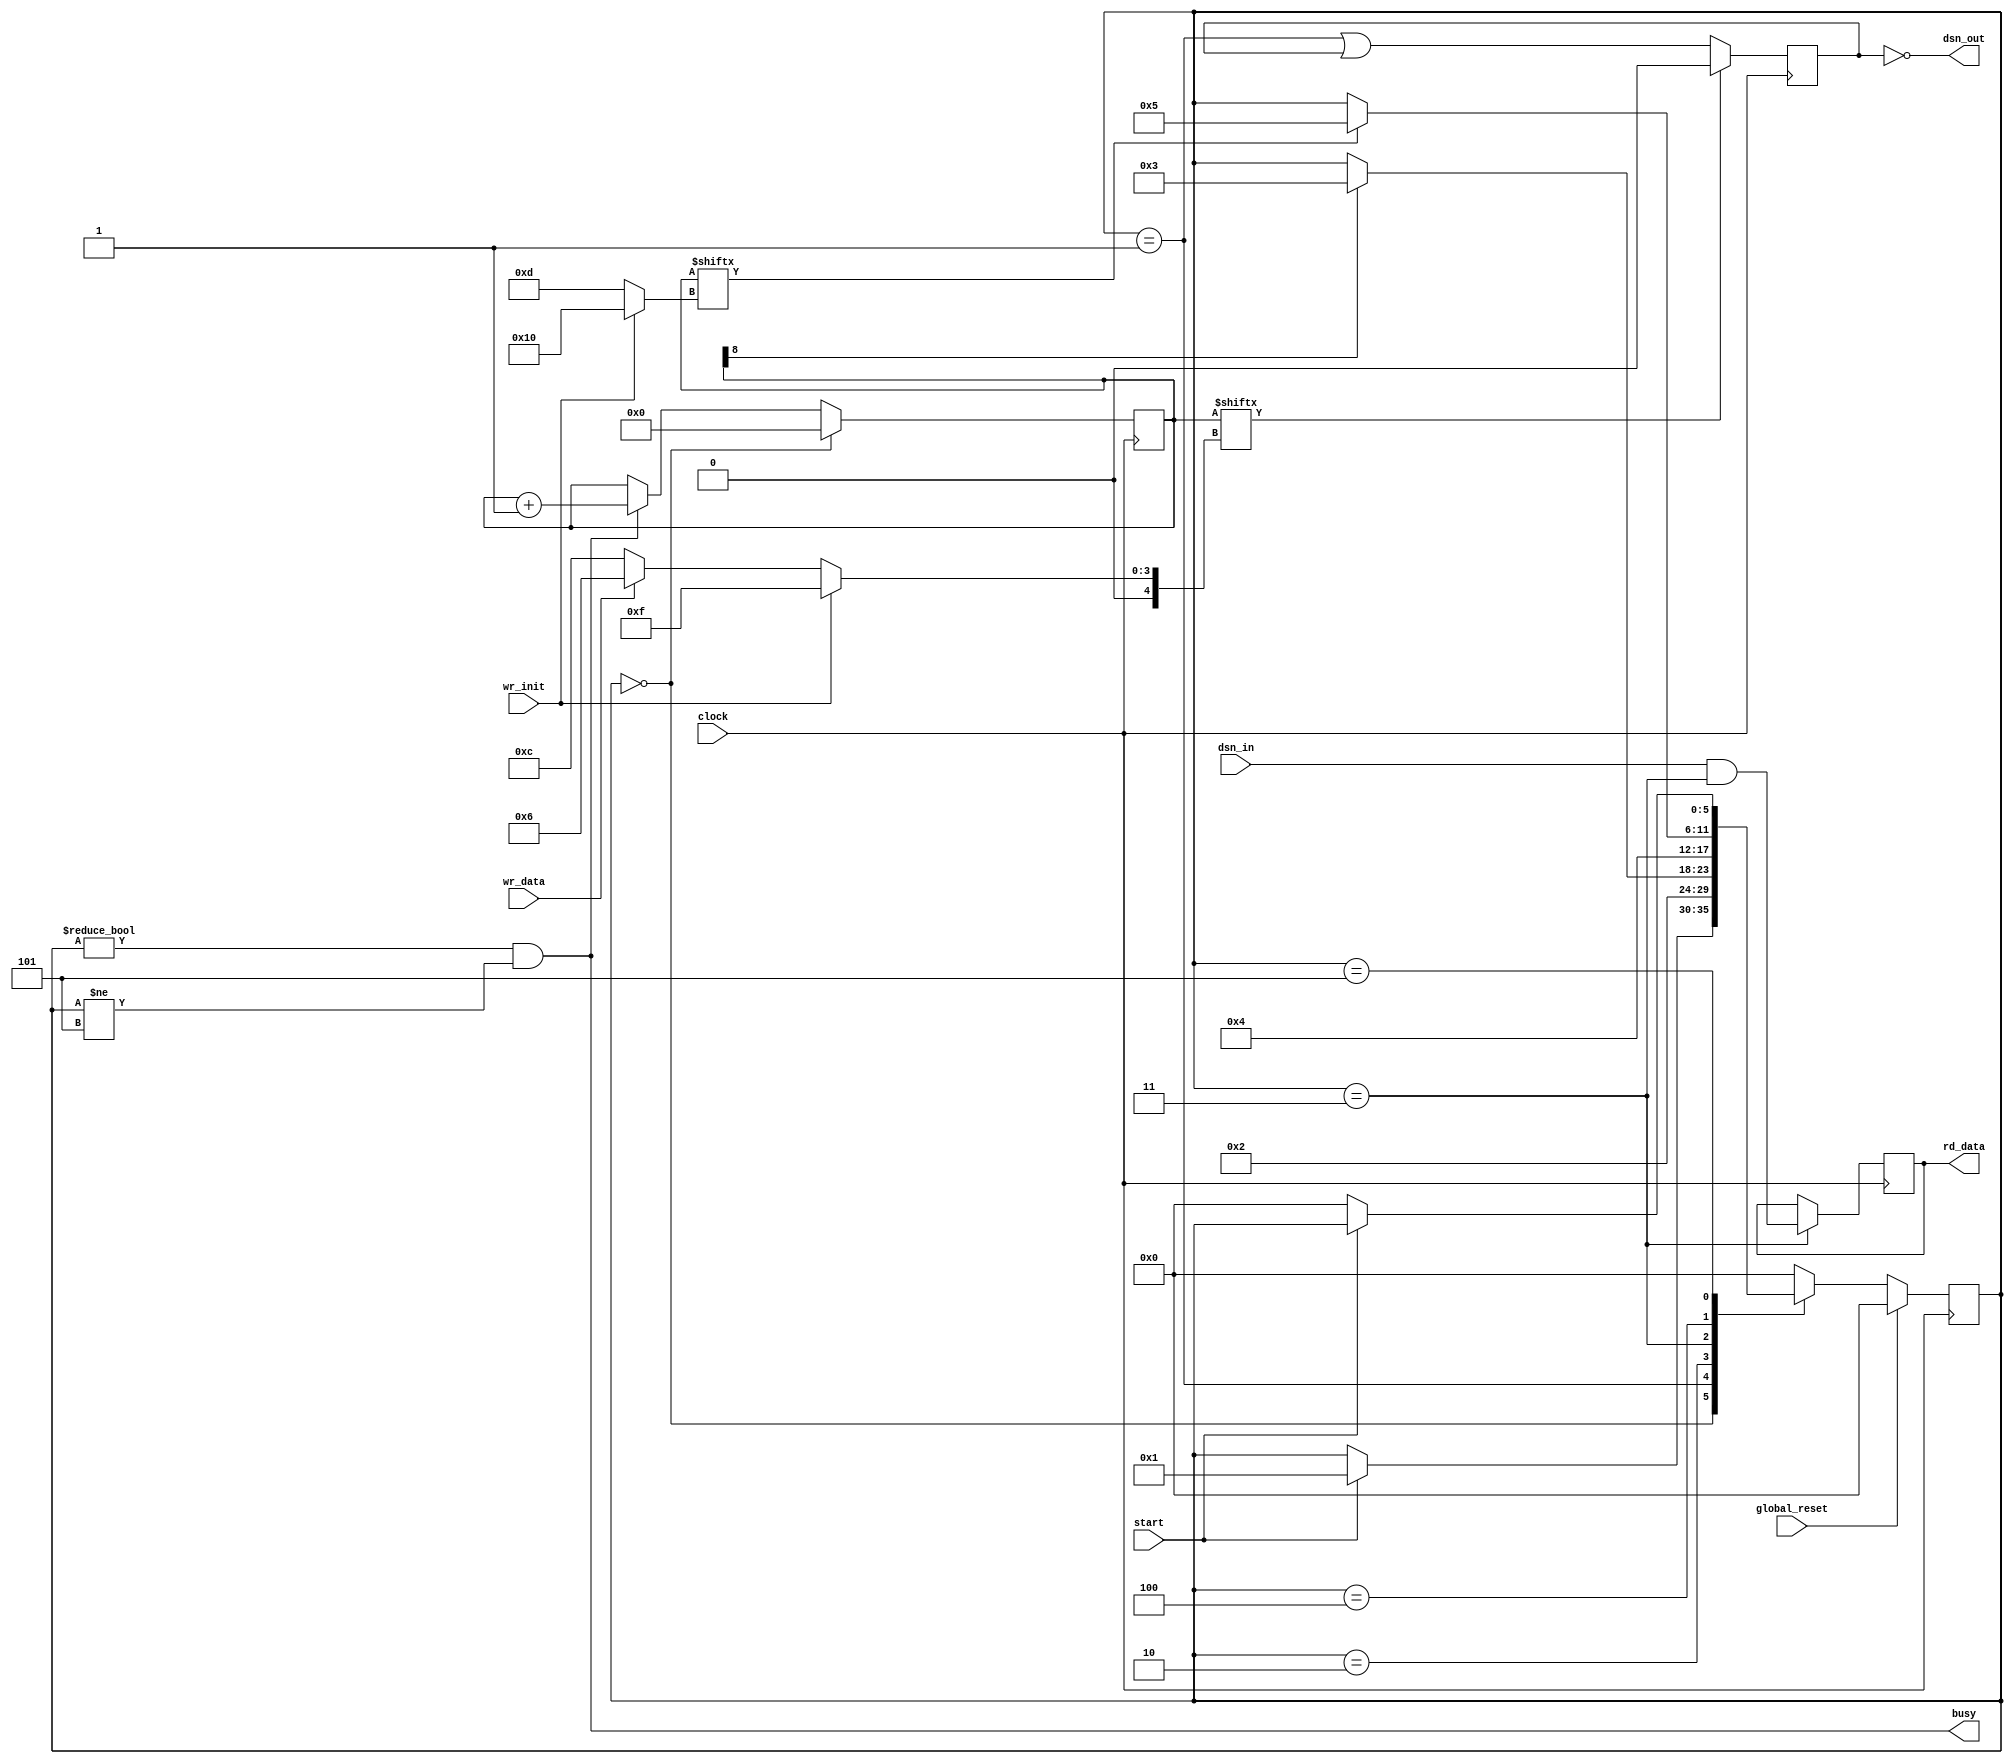
`timescale 1ns / 1ps
//`define DEBUG_DSN_RAT 1
//--------------------------------------------------------------------------------------------------------------
//  DSN
//
//  Digital Serial Number Reader
//
//  12/18/2001  Initial
//  12/19/2001  Cycle time is now the same for write 1 and write 0, >120us
//  03/12/2002  Replaced library calls with behavioral code
//  12/04/2003  Added non-bidir I/Os for RAT
//  12/11/2003  Add global reset
//  04/26/2004  Rename gbl_reset
//  09/22/2006  Mod for xst
//  09/29/2006  Add ratmode disconnect for dsn_io
//  04/27/2009  Add safe implementation to state machine
//  08/11/2009  Modify to use 1x clock instead of 1/4x vme clock
//  08/20/2010  Port to ISE 12, replace blocking with non-blocking operators, add debug display
//  08/20/2010  Rebuild bidir io with conditional generate
//  08/26/2010  Move reg for non debug version, add generate block names for ise 8
//  08/26/2010  Push inverter to input side of dsn_out ff, was getting map warnings
//  09/10/2010  Invert rat output
//  12/16/2010  Separate rat and tmb dsn modules
//  12/17/2010  Remove dsn_io pullup, hdl pullup causes wrong bonded iob count
//--------------------------------------------------------------------------------------------------------------
  module dsn_rat
  (
  clock,
  global_reset,
  start,
  dsn_in,
  dsn_out,
  wr_data,
  wr_init,
  busy,
  rd_data
  
  `ifdef DEBUG_DSN_RAT
  ,dsn_sm_dsp
  ,count_done
  ,write_done
  ,latch_data
  ,end_count
  ,end_write
  ,count
  `endif
  );
//--------------------------------------------------------------------------------------------------------------
// Generic
//--------------------------------------------------------------------------------------------------------------
// Counter widths
  parameter MXCNT    =  17;    // Main counter dimension
  parameter MXEND    =  5;    // End counter width, log2(mxcnt)+1
  parameter CNT_BUSY  =  16;    // Init  busy duration
  parameter CNT_INIT  =  15;    // Init  pulse duration,          low for 900 uS
  parameter CNT_SLOT  =  13;    // Slot duration          low for >120us
  parameter CNT_LONG  =  12;    // Long  pulse duration, logic 0, low for 102 uS
  parameter CNT_SHORT  =  6;    // Short pulse duration, logic 1, low for 1.6 uS
  parameter CNT_READ  =  8;    // Master Read delay              latch at 12 uS

// Ports
  input   clock;          // 40MHz clock
  input  global_reset;      // Global reset
  input  start;          // Begin counting
  input  dsn_in;          // Non-bidir input  for RAT
  output  dsn_out;        // Non-bidir output for RAT
  input  wr_data;        // DSN data bit to output
  input  wr_init;        // DSN init mode
  output  busy;          // DSN chip is busy
  output  rd_data;        // DSN data read from chip

// Debug
  `ifdef DEBUG_DSN_RAT
  output  count_done;
  output  write_done;
  output  latch_data;
  output  [MXEND-1:0] end_count;
  output  [MXEND-1:0] end_write;
  output  [MXCNT-1:0] count;
  `endif

// State Machine declarations
  reg [5:0] dsn_sm;  // synthesis attribute safe_implementation of dsn_sm is "yes";

  parameter idle    =  0;
  parameter pulse    =  1;
  parameter wait1    =  2;
  parameter latch    =  3;
  parameter hold    =  4;
  parameter unstart  =  5;

// Terminal count controls pulse width
  reg [MXEND-1:0] end_count;
  reg [MXEND-1:0] end_write;
  reg  [MXCNT-1:0] count=0;
  
  always @* begin
  if      (wr_init == 1) begin end_count <= CNT_BUSY; end_write <= CNT_INIT;  end
  else if (wr_data == 0) begin end_count <= CNT_SLOT; end_write <= CNT_LONG;  end
  else if (wr_data == 1) begin end_count <= CNT_SLOT; end_write <= CNT_SHORT; end
  else                   begin end_count <= CNT_BUSY; end_write <= CNT_INIT;  end
  end

  wire count_done = count[end_count];
  wire write_done = count[end_write];
  wire latch_data = count[CNT_READ];

// Output Pulse-width-modulated FF
  reg  dsn_out_ff=0;

  always @(posedge clock) begin
  if (write_done)  dsn_out_ff <= 0;
  else      dsn_out_ff <= (dsn_sm==pulse) || dsn_out_ff;
  end

// Unidir IOs for RAT
  assign dsn_out = ~dsn_out_ff;

// Main Counter
  assign busy  = (dsn_sm != idle) && (dsn_sm != unstart);

  always @(posedge clock) begin
  if    (dsn_sm==idle) count <= 0;
  else if (busy        ) count <= count + 1'b1; 
  end

// Latch data bit from DSN chip after dsn_io deasserts. And-gate forces FF into CLB, IOB pair has clock conflict in virtex2
  reg rd_data = 0;

  always @(posedge clock) begin
  if (dsn_sm==latch) rd_data <= dsn_in && (dsn_sm==latch);
  end

// DSN State Machine
  always @(posedge clock) begin
  if (global_reset)     dsn_sm <= idle;
  else begin
  case (dsn_sm )
  idle:    if (start)     dsn_sm <= pulse;
  pulse:           dsn_sm <= wait1;
  wait1:   if (latch_data) dsn_sm <= latch;
  latch:           dsn_sm <= hold;
  hold:    if (count_done) dsn_sm <= unstart;
  unstart: if (!start)   dsn_sm <= idle;
  default:                 dsn_sm <= idle;
  endcase
  end
  end

// Debug
   `ifdef DEBUG_DSN_RAT
  output reg [39:0] dsn_sm_dsp;

  always @* begin
  case (dsn_sm)
  idle:    dsn_sm_dsp <= "idle ";
  pulse:   dsn_sm_dsp <= "pulse";
  wait1:   dsn_sm_dsp <= "wait ";
  latch:   dsn_sm_dsp <= "latch";
  hold:    dsn_sm_dsp <= "hold ";
  unstart: dsn_sm_dsp <= "unstr";
  default: dsn_sm_dsp <= "wtf!!";  // undefined
  endcase
  end
   `endif

//--------------------------------------------------------------------------------------------------------------
  endmodule
//--------------------------------------------------------------------------------------------------------------